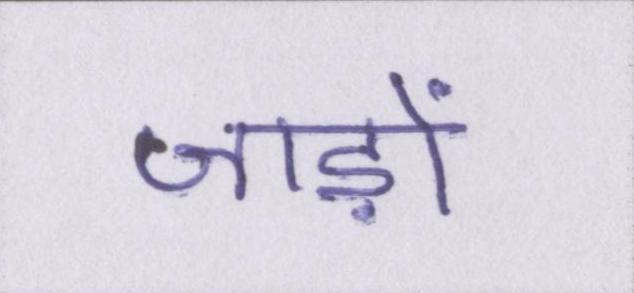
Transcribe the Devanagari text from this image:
जाड़ों